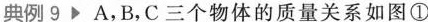
典例9A，B，C三个物体的质量关系如图①